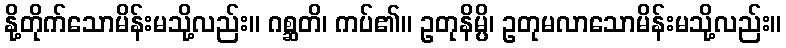
နို့တိုက်သောမိန်းမသို့လည်း။ ဂစ္ဆတိ၊ ကပ်၏။ ဥတုနိမ္ပိ၊ ဥတုမလာသောမိန်းမသို့လည်း။